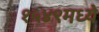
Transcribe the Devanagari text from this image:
१५४९मध्ये